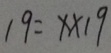
1 9 = x \times 1 9